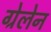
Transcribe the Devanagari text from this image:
ग्रेलेन